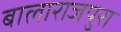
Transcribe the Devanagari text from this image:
बालाराजपुरा